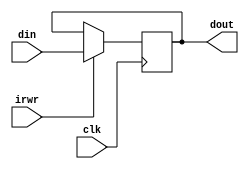
module ir(clk,irwr,din,dout);            // instruction memory
    input  [31:0]  din   ;               //  32-bit memory input
    input          clk   ;                // clock
    input          irwr  ;                // ctrl
    output [31:0]  dout  ;               // 32-bit memory output
    reg    [31:0]  dout  ;
    
    always @(posedge clk)
      if(irwr)
        dout <= din  ; // output data
endmodule